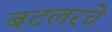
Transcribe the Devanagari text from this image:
बटलरचे